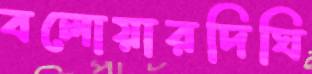
বলোয়ারদিঘি